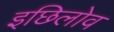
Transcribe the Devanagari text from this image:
इछिलोव